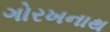
ગોરખનાથ